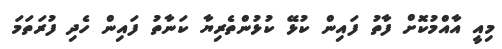
މިއީ އާއްމުކޮށް ފާތު ފައިން ކުޅޭ ކުޅުންތެރިޔާ ކަނާތު ފައިން ހެދި ފުރަތަމަ